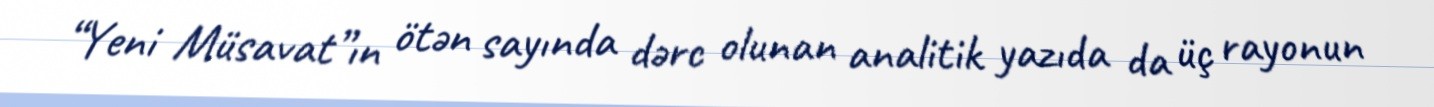
“Yeni Müsavat”ın ötən sayında dərc olunan analitik yazıda da üç rayonun